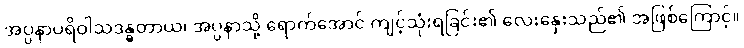
အပ္ပနာပရိဝါသဒန္ဓတာယ၊ အပ္ပနာသို့ ရောက်အောင် ကျင့်သုံးရခြင်း၏ လေးနှေးသည်၏ အဖြစ်ကြောင့်။